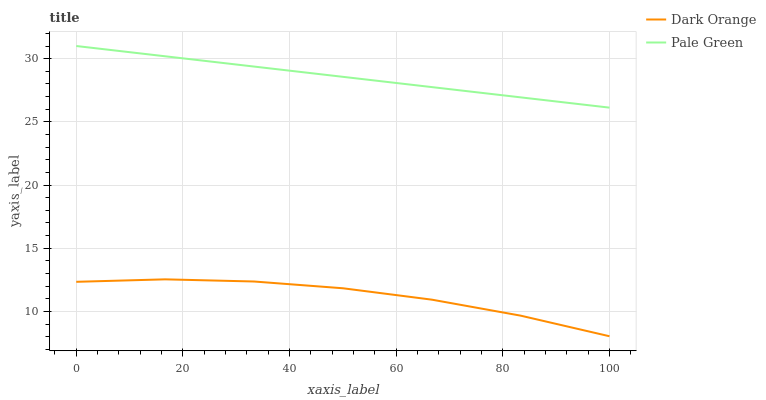
| xaxis_label | Dark Orange | Pale Green |
 | --- | --- | --- |
 | 0 | 12.3 | 31 |
 | 16.7 | 12.5 | 30.2 |
 | 33.3 | 12.4 | 29.4 |
 | 50 | 11.8 | 28.6 |
 | 66.7 | 10.9 | 27.7 |
 | 83.3 | 9.67 | 26.9 |
 | 100 | 8.04 | 26.1 |